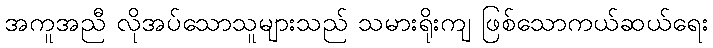
အကူအညီ လိုအပ်သောသူများသည် သမားရိုးကျ ဖြစ်သောကယ်ဆယ်ရေး